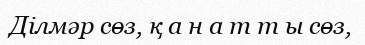
Ділмәр сөз, қ а н а т т ы сөз,